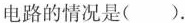
电路的情况是( )。